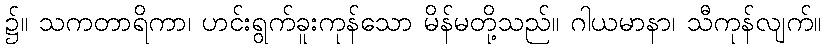
၌။ သကတာရိကာ၊ ဟင်းရွက်ခူးကုန်သော မိန်မတို့သည်။ ဂါယမာနာ၊ သီကုန်လျက်။